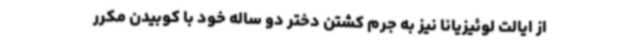
از ایالت لوئیزیانا نیز به جرم کشتن دختر دو ساله خود با کوبیدن مکرر